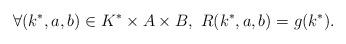
LaTeX: \begin{align*}\forall (k^*,a,b)\in K^*\times A \times B, \ R(k^*,a,b)=g(k^*).\end{align*}